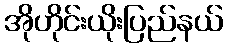
အိုဟိုင်းယိုးပြည်နယ်